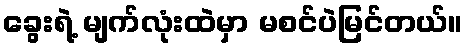
ခွေးရဲ့ မျက်လုံးထဲမှာ မစင်ပဲမြင်တယ်။